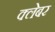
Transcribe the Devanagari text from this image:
क्लेबर